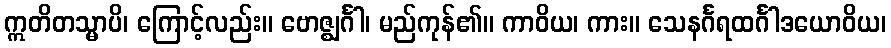
ဣတိတသ္မာပိ၊ ကြောင့်လည်း။ ဗောဇ္ဈင်္ဂါ၊ မည်ကုန်၏။ ကာဝိယ၊ ကား။ သေနင်္ဂရထင်္ဂါဒယောဝိယ၊